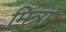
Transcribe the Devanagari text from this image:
मित्रां